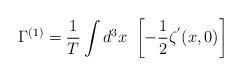
LaTeX: \begin{align*}\Gamma ^{(1)}={\frac{1}{T}}\int d^{3}x\,\,\left[ -{\frac{1}{2}}\zeta^{^{\prime }}(x,0)\right]\end{align*}